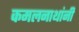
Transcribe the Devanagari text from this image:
कमलनाथांनी